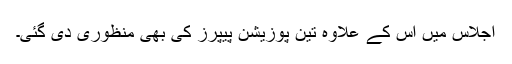
اجلاس میں اس کے علاوہ تین پوزیشن پیپرز کی بھی منظوری دی گئی۔